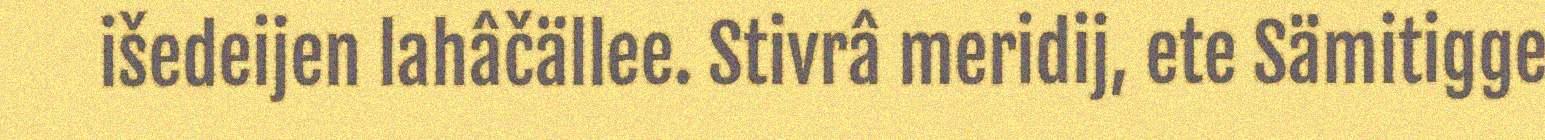
išedeijen lahâčällee. Stivrâ meridij, ete Sämitigge